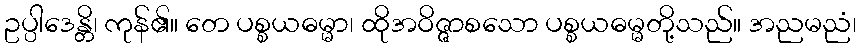
ဥပ္ပါဒေန္တိ၊ ကုန်၏။ တေ ပစ္စယဓမ္မာ၊ ထိုအဝိဇ္ဇာစသော ပစ္စယဓမ္မတို့သည်။ အညမညံ၊